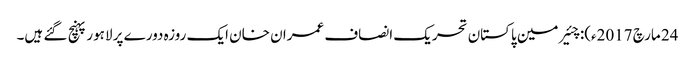
24 مارچ 2017ء): چئیر مین پاکستان تحریک انصاف عمران خان ایک روزہ دورے پر لاہور پہنچ گئے ہیں۔